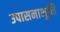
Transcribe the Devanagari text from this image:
उपासनाभूमि